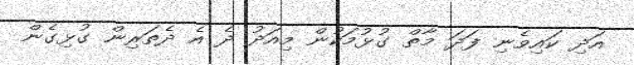
އަދި ކައިވެނި ފަދަ މާތް ގުޅުމަކުން މިއަދު ދެ އެ ދެތަރިން ގުޅިގެން